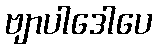
ဗျာပါဒေါပေ